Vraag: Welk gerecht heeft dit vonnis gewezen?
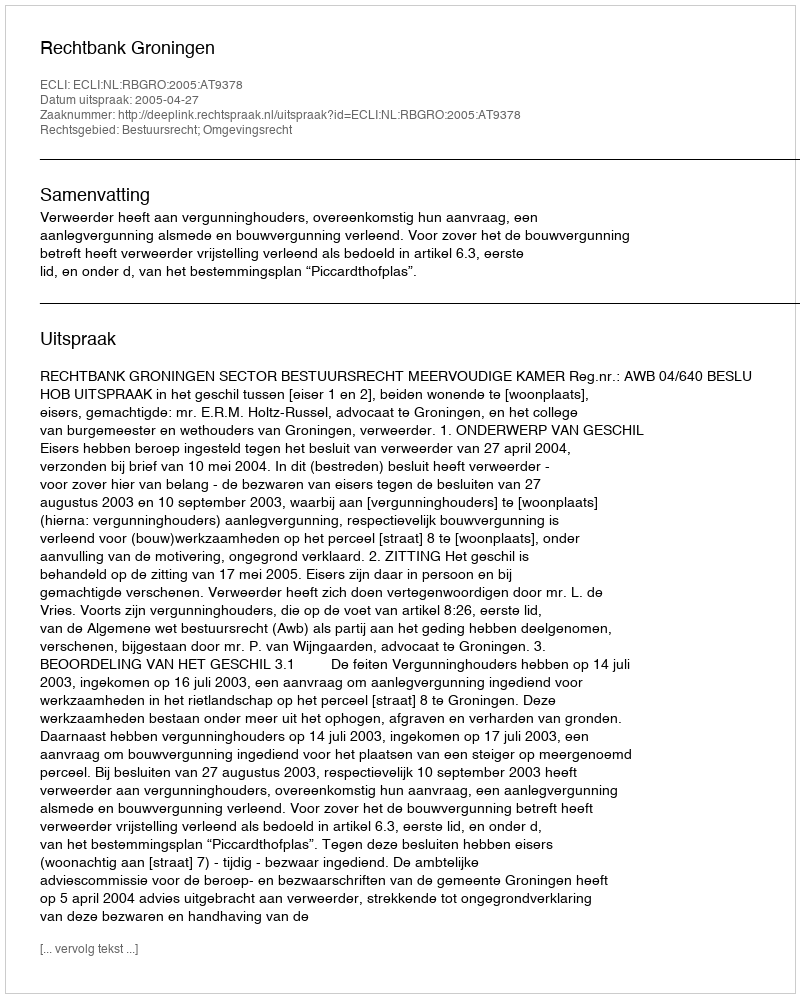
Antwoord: Rechtbank Groningen